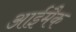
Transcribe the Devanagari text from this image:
आईमैक